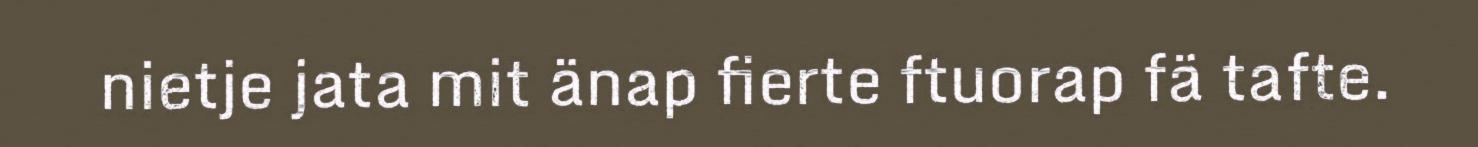
nietje jata mit änap fierte ftuorap fä tafte.